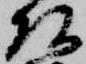
頭